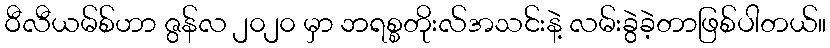
ဝီလီယမ်စ်ဟာ ဇွန်လ ၂၀၂၀ မှာ ဘရစ္စတိုးလ်အသင်းနဲ့ လမ်းခွဲခဲ့တာဖြစ်ပါတယ်။